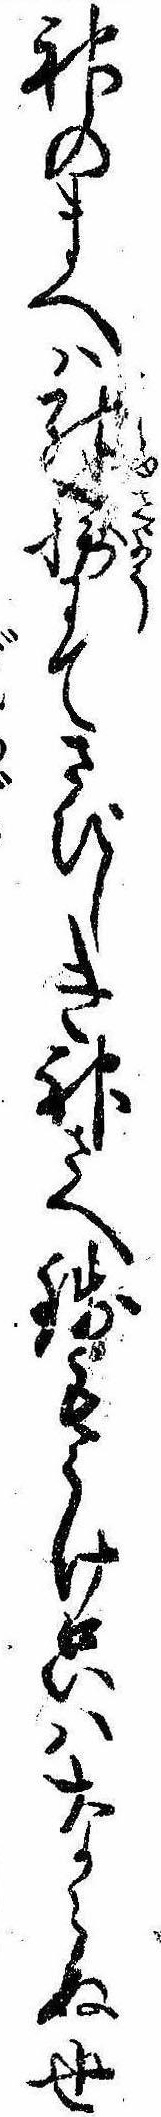
神のまへは殊勝にてさびしき神さへ銭もうけ只はならぬ世